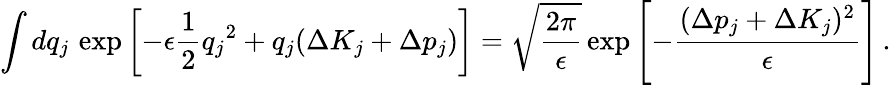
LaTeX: \int dq_{j}\, \exp\left[-\epsilon\frac{1}{2}{q_{j}}^{2}+q_{j}(\Delta K_{j}+\Delta p_{j})\right]=\sqrt{\frac{2\pi}{\epsilon}}\exp\left[-\frac{(\Delta p_{j}+\Delta K_{j})^{2}}{\epsilon}\right]\, .